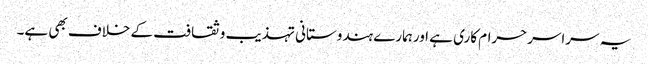
یہ سراسرحرام کاری ہے اورہمارے ہندوستانی تہذیب وثقافت کے خلاف بھی ہے۔